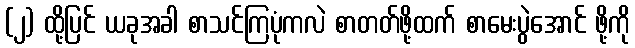
(၂) ထို့ပြင် ယခုအခါ စာသင်ကြပုံကလဲ စာတတ်ဖို့ထက် စာမေးပွဲအောင် ဖို့ကို